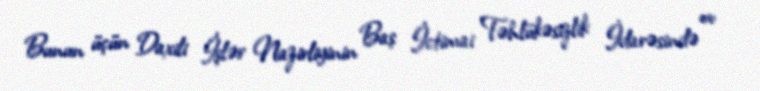
Bunun üçün Daxili İşlər Nazirliyinin Baş İctimai Təhlükəsizlik İdarəsində ov